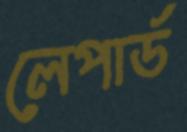
লেপার্ড